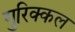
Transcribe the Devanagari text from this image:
गुरिक्कल